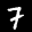
Label: 7